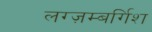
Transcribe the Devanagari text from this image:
लग्ज़म्बर्गिश